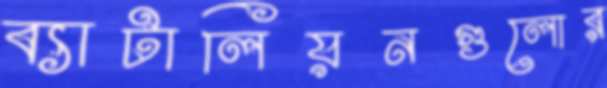
ব্যাটালিয়নগুলোর